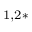
^ { 1 , 2 * }